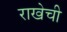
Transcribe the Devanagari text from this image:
राखेची